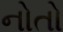
નોતો